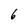
Character: 6